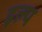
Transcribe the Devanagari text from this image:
इल्य